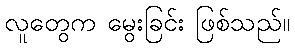
လူတွေက မွေးခြင်း ဖြစ်သည်။